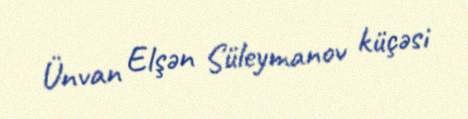
Ünvan Elşən Süleymanov küçəsi